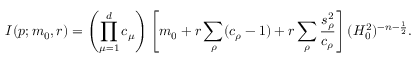
I ( p ; m _ { 0 } , r ) = \left( \prod _ { \mu = 1 } ^ { d } c _ { \mu } \right) \left[ m _ { 0 } + r \sum _ { \rho } ( c _ { \rho } - 1 ) + r \sum _ { \rho } \frac { s _ { \rho } ^ { 2 } } { c _ { \rho } } \right] ( H _ { 0 } ^ { 2 } ) ^ { - n - \frac { 1 } { 2 } } .